画像に写った文字を読んでください
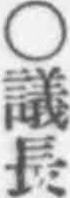
「○議長」と書いてあります